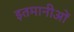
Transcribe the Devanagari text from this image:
इतमानीओं